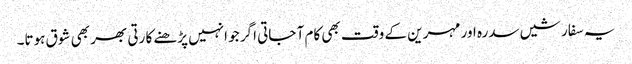
یہ سفارشیں سدرہ اور مہرین کے وقت بھی کام آ جاتی اگر جو انہیں پڑھنے کا رتی بھر بھی شوق ہوتا۔